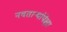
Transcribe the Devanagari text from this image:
नवताऱ्यांपेक्षा